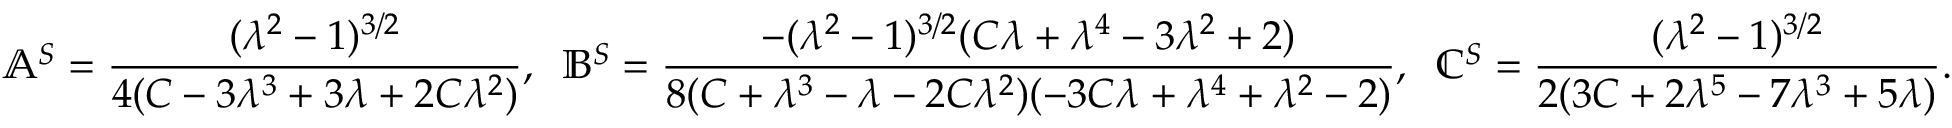
\mathbb { A } ^ { S } = \frac { ( \lambda ^ { 2 } - 1 ) ^ { 3 / 2 } } { 4 ( C - 3 \lambda ^ { 3 } + 3 \lambda + 2 C \lambda ^ { 2 } ) } , \; \; \mathbb { B } ^ { S } = \frac { - ( \lambda ^ { 2 } - 1 ) ^ { 3 / 2 } ( C \lambda + \lambda ^ { 4 } - 3 \lambda ^ { 2 } + 2 ) } { 8 ( C + \lambda ^ { 3 } - \lambda - 2 C \lambda ^ { 2 } ) ( - 3 C \lambda + \lambda ^ { 4 } + \lambda ^ { 2 } - 2 ) } , \; \; \mathbb { C } ^ { S } = \frac { ( \lambda ^ { 2 } - 1 ) ^ { 3 / 2 } } { 2 ( 3 C + 2 \lambda ^ { 5 } - 7 \lambda ^ { 3 } + 5 \lambda ) } .